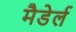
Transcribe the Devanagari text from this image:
मैडेर्ल